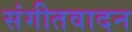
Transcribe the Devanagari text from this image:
संगीतवादन